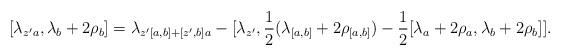
LaTeX: \begin{align*}[\lambda_{{z'}a}, \lambda_b + 2\rho_b] &= \lambda_{{z'}[a,b] + [{z'},b]a} - [\lambda_{z'}, \frac{1}{2}(\lambda_{[a,b]} + 2\rho_{[a,b]}) - \frac{1}{2}[\lambda_a + 2\rho_a, \lambda_b + 2 \rho_b]].\end{align*}